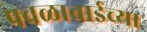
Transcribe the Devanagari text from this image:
पवळाबाईच्या